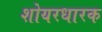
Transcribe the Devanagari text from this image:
शोयरधारक